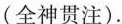
(全神贯注).